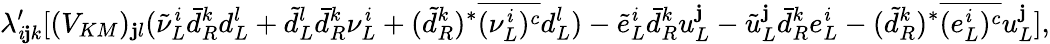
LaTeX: \lambda_{\mathit{i}\mathbf{j}k}^{\prime}[(V_{KM})_{\mathbf{j}l}({\tilde{{\nu}}}_{L}^{\mathit{i}}{\bar{{d}}}_{R}^{k}d_{L}^{l}+{\tilde{{d}}}_{L}^{l}{\bar{{d}}}_{R}^{k}{\nu}_{L}^{\mathit{i}}+(\tilde{{d}}_{R}^{k})^{*}\overline{{{{(\nu_{L}^{\mathit{i}})^{c}}}}}d_{L}^{l})-{\tilde{{e}}}_{L}^{\mathit{i}}{\bar{{d}}}_{R}^{k}u_{L}^{\mathbf{j}}-{\tilde{{u}}}_{L}^{\mathbf{j}}{\bar{{d}}}_{R}^{k}e_{L}^{\mathit{i}}-(\tilde{{d}}_{R}^{k})^{*}\overline{{{{(e_{L}^{\mathit{i}})^{c}}}}}u_{L}^{\mathbf{j}}],